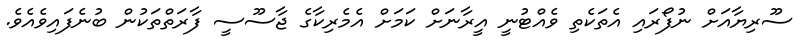
ސޫރިޔާއަށް ނުފޯރައި އެތަކެތި ވެއްޓުނީ އީރާނަށް ކަމަށް އެމެރިކާގެ ޖާސޫސީ ފާރަތްތަކުން ބުނެފައިވެއެވެ.